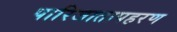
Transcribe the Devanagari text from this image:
पारिजातापहरण